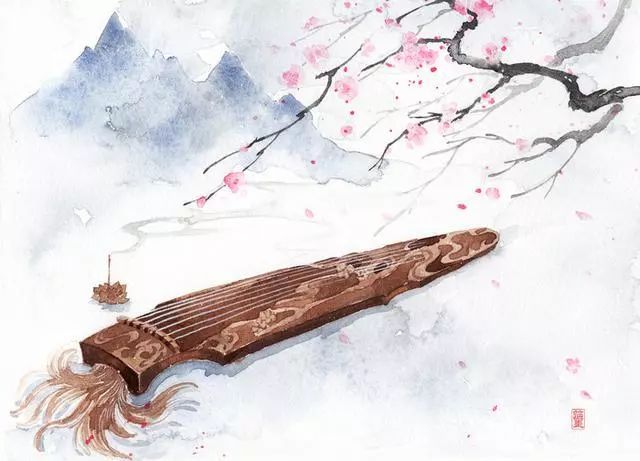
过江千尺浪，入竹万竿斜。